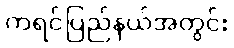
ကရင်ပြည်နယ်အတွင်း